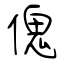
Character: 傀